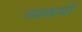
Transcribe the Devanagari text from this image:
व्यक्तयों